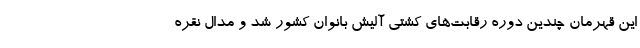
این قهرمان چندین دوره رقابت‌های کشتی آلیش بانوان کشور شد و مدال نقره